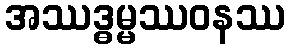
အဿဒ္ဓမ္မဿဝနဿ